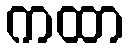
ကထာ